Vaccination in Bombay 1869-1873 - 1869-1873
Year: 1869
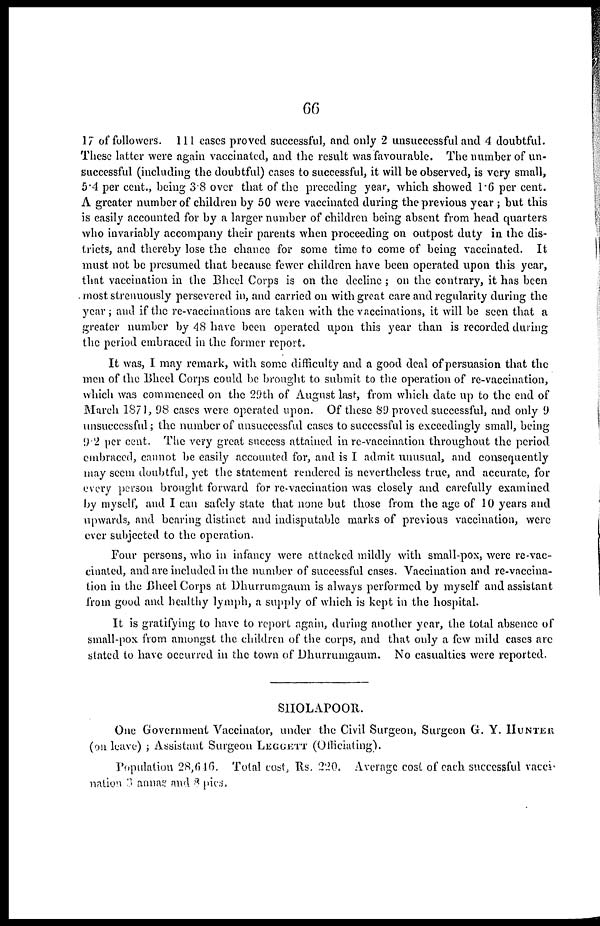
66
17 of followers. 111 cases proved successful, and only 2 unsuccessful and 4 doubtful.
These latter were again vaccinated, and the result was favourable. The number of un-
successful (including the doubtful) cases to successful, it will be observed, is very small,
5.4 per cent., being 3.8 over that of the preceding year, which showed 1.6 per cent.
A greater number of children by 50 were vaccinated during the previous year ; but this
is easily accounted for by a larger number of children being absent from head quarters
who invariably accompany their parents when proceeding on outpost duty in the dis-
tricts, and thereby lose the chance for some time to come of being vaccinated. It
must not be presumed that because fewer children have been operated upon this year,
that vaccination in the Bheel Corps is on the decline ; on the contrary, it has been
most strenuously persevered in, and carried on with great care and regularity during the
year; and if the re-vaccinations are taken with the vaccinations, it will be seen that a
greater number by 48 have been operated upon this year than is recorded during
the period embraced in the former report.
It was, I may remark, with some difficulty and a good deal of persuasion that the
men of the Bheel Corps could be brought to submit to the operation of re-vaccination,
which was commenced on the 29th of August last, from which date up to the end of
March 1871, 98 cases were operated upon. Of these 89 proved successful, and only 9
unsuccessful; the number of unsuccessful cases to successful is exceedingly small, being
9.2 per cent. The very great success attained in re-vaccination throughout the period
embraced, cannot be easily accounted for, and is I admit unusual, and consequently
may seem doubtful, yet the statement rendered is nevertheless true, and accurate, for
every person brought forward for re-vaccination was closely and carefully examined
by myself, and I can safely state that none but those from the age of 10 years and
upwards, and bearing distinct and indisputable marks of previous vaccination, were
ever subjected to the operation.
Four persons, who in infancy were attacked mildly with small-pox, were re-vac-
cinated, and are included in the number of successful cases. Vaccination and re-vaccina-
tion in the Bheel Corps at Dhurrumgaum is always performed by myself and assistant
from good and healthy lymph, a supply of which is kept in the hospital.
It is gratifying to have to report again, during another year, the total absence of
small-pox from amongst the children of the corps, and that only a few mild cases are
stated to have occurred in the town of Dhurrumgaum. No casualties were reported.
SHOLAPOOR.
One Government Vaccinator, under the Civil Surgeon, Surgeon G. Y. HUNTER
(on leave) ; Assistant Surgeon LEGGETT (Officiating).
Population 28,646. Total cost, Rs. 220. Average cost of each successful vacci-
nation 3 annas and 8 pies.